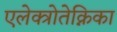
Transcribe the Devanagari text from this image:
एलेक्त्रोतेक्निका